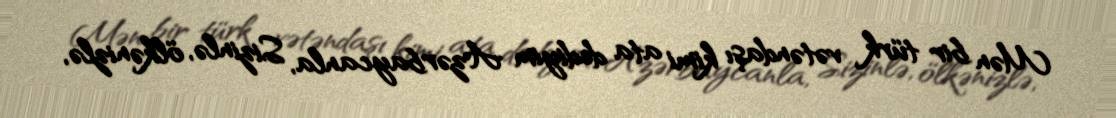
Mən bir türk vətəndaşı kimi ata dediyim Azərbaycanla, Sizinlə, ölkənizlə,